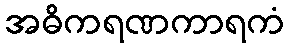
အဓိကရဏကာရကံ